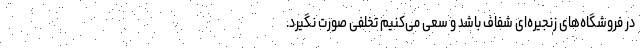
در فروشگاه‌های زنجیره‌ای شفاف باشد و سعی می‌کنیم تخلفی صورت نگیرد.